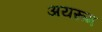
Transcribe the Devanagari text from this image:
अयरूम